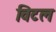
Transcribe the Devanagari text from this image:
विटल